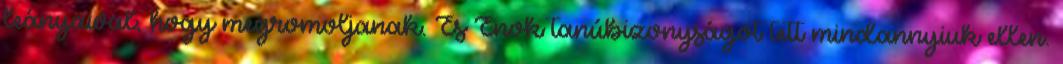
leányaival, hogy megromoljanak. És Énok tanúbizonyságot tett mindannyiuk ellen.